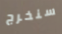
سنخرج